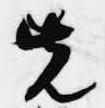
先